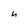
Character: h